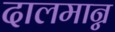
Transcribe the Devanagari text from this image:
दालमान्न